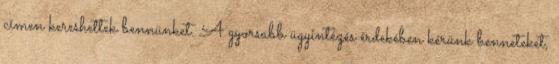
címen kereshettek bennünket. A gyorsabb ügyintézés érdekében kérünk benneteket,